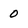
Character: 0